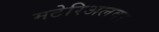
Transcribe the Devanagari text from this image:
मटेरिअलवर